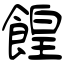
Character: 餭